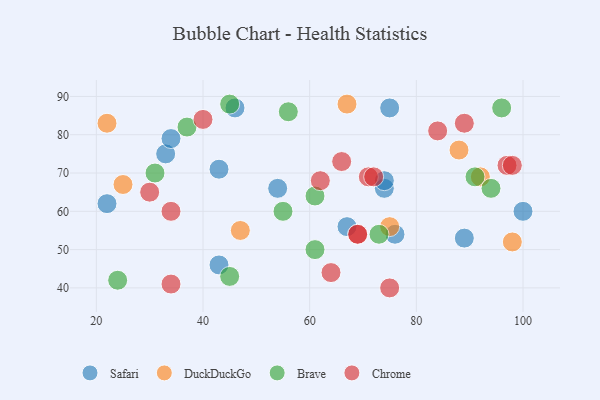
{"axis": {"x": "GDP", "y": "Life Expectancy"}, "legend": ["Brave", "Chrome", "DuckDuckGo", "Safari"], "data": [{"x": "100", "y": 60, "type": "Safari"}, {"x": "74", "y": 66, "type": "Safari"}, {"x": "33", "y": 75, "type": "Safari"}, {"x": "43", "y": 46, "type": "Safari"}, {"x": "22", "y": 62, "type": "Safari"}, {"x": "74", "y": 68, "type": "Safari"}, {"x": "76", "y": 54, "type": "Safari"}, {"x": "46", "y": 87, "type": "Safari"}, {"x": "54", "y": 66, "type": "Safari"}, {"x": "43", "y": 71, "type": "Safari"}, {"x": "34", "y": 79, "type": "Safari"}, {"x": "89", "y": 53, "type": "Safari"}, {"x": "67", "y": 56, "type": "Safari"}, {"x": "75", "y": 87, "type": "Safari"}, {"x": "98", "y": 52, "type": "DuckDuckGo"}, {"x": "22", "y": 83, "type": "DuckDuckGo"}, {"x": "75", "y": 56, "type": "DuckDuckGo"}, {"x": "92", "y": 69, "type": "DuckDuckGo"}, {"x": "47", "y": 55, "type": "DuckDuckGo"}, {"x": "88", "y": 76, "type": "DuckDuckGo"}, {"x": "25", "y": 67, "type": "DuckDuckGo"}, {"x": "67", "y": 88, "type": "DuckDuckGo"}, {"x": "73", "y": 54, "type": "Brave"}, {"x": "91", "y": 69, "type": "Brave"}, {"x": "24", "y": 42, "type": "Brave"}, {"x": "94", "y": 66, "type": "Brave"}, {"x": "37", "y": 82, "type": "Brave"}, {"x": "55", "y": 60, "type": "Brave"}, {"x": "61", "y": 50, "type": "Brave"}, {"x": "31", "y": 70, "type": "Brave"}, {"x": "96", "y": 87, "type": "Brave"}, {"x": "45", "y": 43, "type": "Brave"}, {"x": "56", "y": 86, "type": "Brave"}, {"x": "61", "y": 64, "type": "Brave"}, {"x": "45", "y": 88, "type": "Brave"}, {"x": "71", "y": 69, "type": "Chrome"}, {"x": "97", "y": 72, "type": "Chrome"}, {"x": "69", "y": 54, "type": "Chrome"}, {"x": "64", "y": 44, "type": "Chrome"}, {"x": "30", "y": 65, "type": "Chrome"}, {"x": "66", "y": 73, "type": "Chrome"}, {"x": "40", "y": 84, "type": "Chrome"}, {"x": "84", "y": 81, "type": "Chrome"}, {"x": "89", "y": 83, "type": "Chrome"}, {"x": "72", "y": 69, "type": "Chrome"}, {"x": "69", "y": 54, "type": "Chrome"}, {"x": "34", "y": 60, "type": "Chrome"}, {"x": "34", "y": 41, "type": "Chrome"}, {"x": "75", "y": 40, "type": "Chrome"}, {"x": "62", "y": 68, "type": "Chrome"}, {"x": "98", "y": 72, "type": "Chrome"}]}